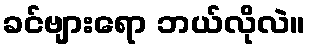
ခင်ဗျားရော ဘယ်လိုလဲ။